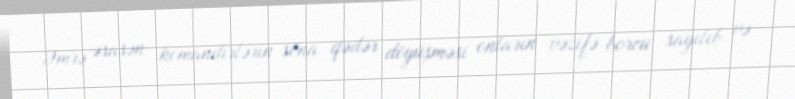
Əmrə əsasən komandirlərin sona qədər döyüşməsi onların vəzifə borcu sayılıb və